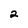
Character: 2